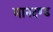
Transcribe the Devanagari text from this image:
मानदण्‍ड